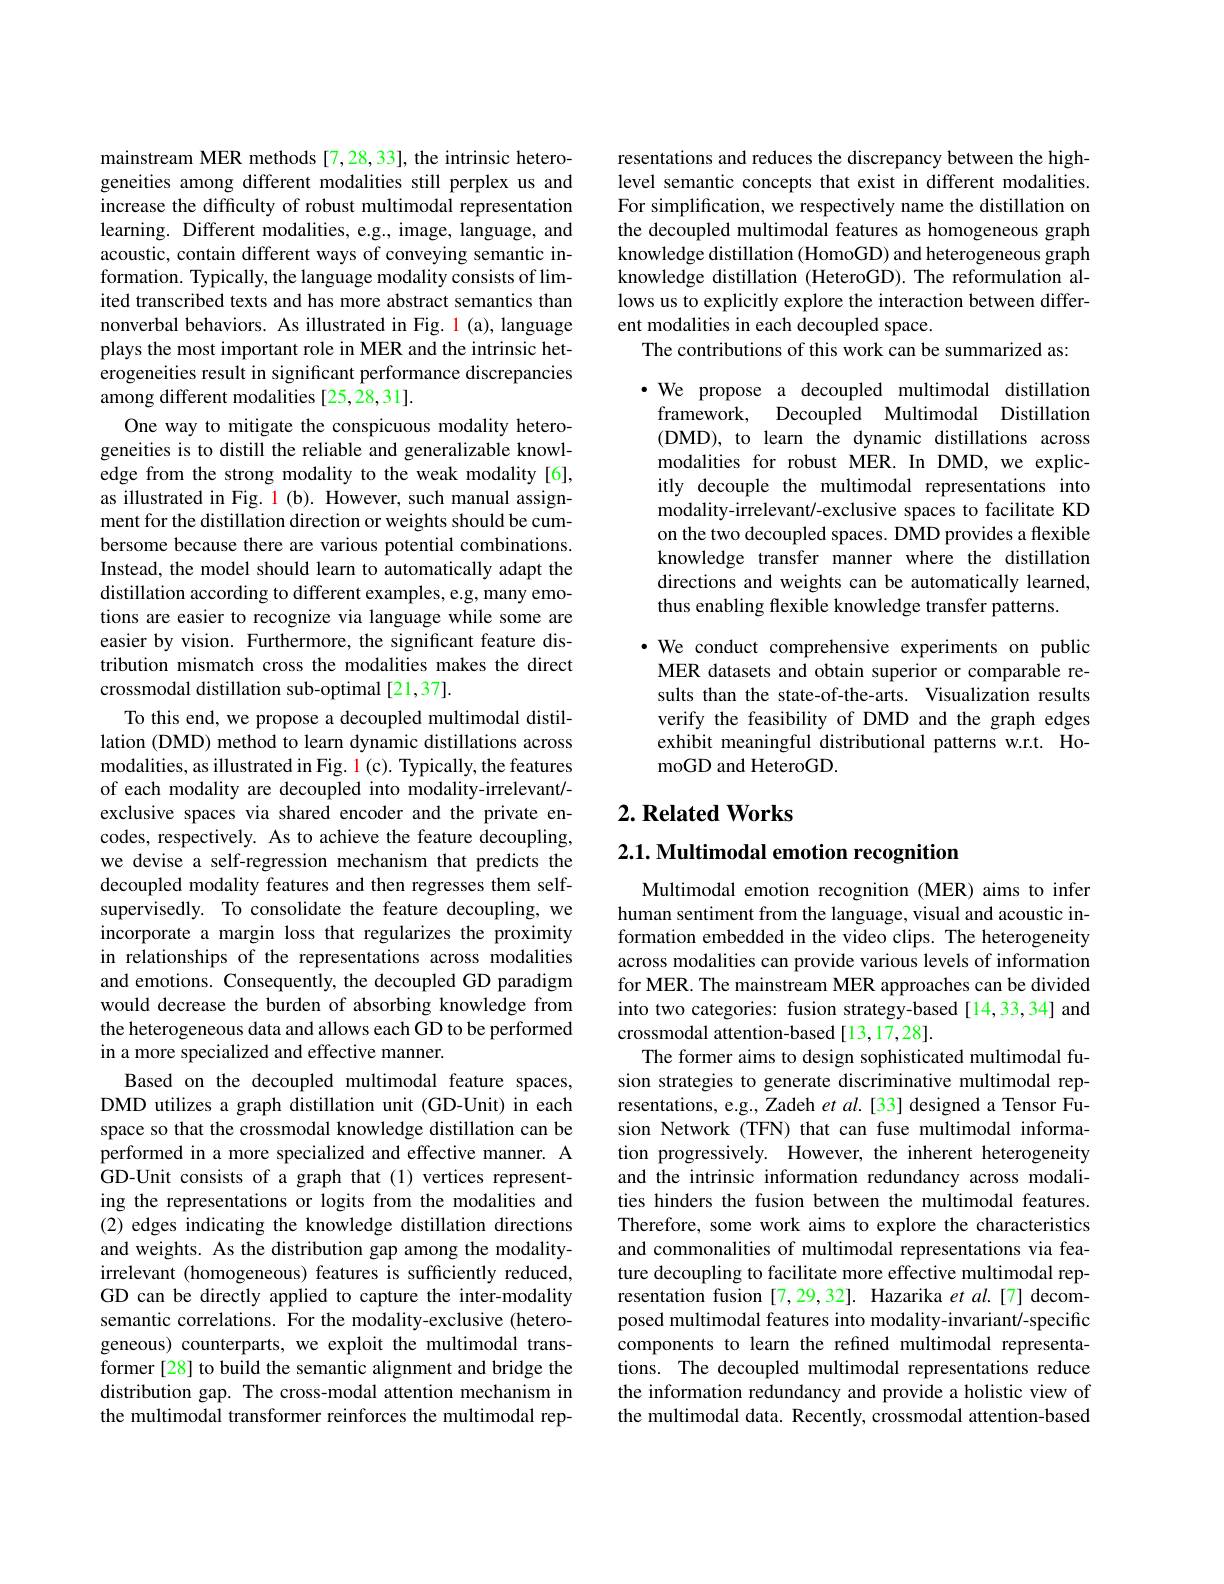
mainstream MER methods[7,28,33], the intrinsic heterogeneities among different modalities still perplex us and increase the difficulty of robust multimodal representation learning. Different modalities, e.g., image, language, and acoustic, contain different ways of conveying semantic information. Typically, the language modality consists of limited transcribed texts and has more abstract semantics than nonverbal behaviors. As illustrated in Fig. 1 (a), language plays the most important role in MER and the intrinsic heterogeneities result in significant performance discrepancies among different modalities [25,28,31].
One way to mitigate the conspicuous modality heterogeneities is to distill the reliable and generalizable knowledge from the strong modality to the weak modality[6], as illustrated in Fig. 1(b). However, such manual assignment for the distillation direction or weights should be cumbersome because there are various potential combinations. Instead, the model should learn to automatically adapt the distillation according to different examples, e.g, many emotions are easier to recognize via language while some are easier by vision. Furthermore, the significant feature distribution mismatch cross the modalities makes the direct crossmodal distillation sub-optimal[21,37].
To this end, we propose a decoupled multimodal distillation (DMD) method to learn dynamic distillations across modalities, as illustrated in Fig. 1 (c). Typically, the features of each modality are decoupled into modality-irrelevant/- exclusive spaces via shared encoder and the private encodes, respectively. As to achieve the feature decoupling, we devise a self-regression mechanism that predicts the decoupled modality features and then regresses them selfsupervisedly. To consolidate the feature decoupling, we incorporate a margin loss that regularizes the proximity in relationships of the representations across modalities and emotions. Consequently, the decoupled GD paradigm would decrease the burden of absorbing knowledge from the heterogeneous data and allows each GD to be performed in a more specialized and effective manner.
Based on the decoupled multimodal feature spaces, DMD utilizes a graph distillation unit (GD-Unit) in each space so that the crossmodal knowledge distillation can be performed in a more specialized and effective manner. A GD-Unit consists of a graph that (1) vertices representing the representations or logits from the modalities and (2) edges indicating the knowledge distillation directions and weights. As the distribution gap among the modalityirrelevant (homogeneous) features is sufficiently reduced, GD can be directly applied to capture the inter-modality semantic correlations. For the modality-exclusive (heterogeneous) counterparts, we exploit the multimodal transformer [28] to build the semantic alignment and bridge the distribution gap. The cross-modal attention mechanism in the multimodal transformer reinforces the multimodal rep-

resentations and reduces the discrepancy between the highlevel semantic concepts that exist in different modalities. For simplification, we respectively name the distillation on the decoupled multimodal features as homogeneous graph knowledge distillation (HomoGD) and heterogeneous graph knowledge distillation (HeteroGD). The reformulation allows us to explicitly explore the interaction between different modalities in each decoupled space.
The contributions of this work can be summarized as:

·We propose a decoupled multimodal distillation
framework,
Decoupled Multimodal Distillation
(DMD), to learn the dynamic distillations across modalities for robust MER. In DMD, we explicitly decouple the multimodal representations into modality-irrelevant/-exclusive spaces to facilitate KD on the two decoupled spaces. DMD provides a flexible knowledge transfer manner where the distillation directions and weights can be automatically learned, thus enabling flexible knowledge transfer patterns

·We conduct comprehensive experiments on public
MER datasets and obtain superior or comparable results than the state-of-the-arts. Visualization results verify the feasibility of DMD and the graph edges exhibit meaningful distributional patterns w.r.t. HomoGD and HeteroGD.

## $2. \textbf{Related Works}$

$2. 1. \textbf{ Multimodal emotion recognition}$

Multimodal emotion recognition (MER) aims to infer human sentiment from the language, visual and acoustic information embedded in the video clips. The heterogeneity across modalities can provide various levels of information for MER. The mainstream MER approaches can be divided into two categories: fusion strategy-based[14,33,34] and crossmodal attention-based[13,17,28].
The former aims to design sophisticated multimodal fusion strategies to generate discriminative multimodal representations, e.g., Zadeh $et\textit{al. [ 33] designed a Tensor Fu- }$ sion Network (TFN) that can fuse multimodal information progressively. However, the inherent heterogeneity and the intrinsic information redundancy across modalities hinders the fusion between the multimodal features. Therefore, some work aims to explore the characteristics and commonalities of multimodal representations via feature decoupling to facilitate more effective multimodal representation fusion [7,29,32]. Hazarika et $al.[7]$ decomposed multimodal features into modality-invariant/-specific components to learn the refined multimodal representations. The decoupled multimodal representations reduce the information redundancy and provide a holistic view of the multimodal data. Recently, crossmodal attention-based